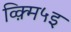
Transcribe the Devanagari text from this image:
व्क़्मि५इ